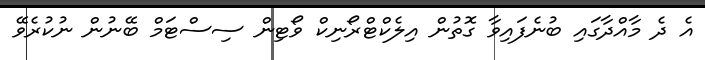
އެ ދެ މާއްދާގައި ބުނެފައިވާ ގޮތުން އިލެކްޓްރޯނިކް ވޯޓިން ސިސްޓަމް ބޭނުން ނުކުރެވޭ